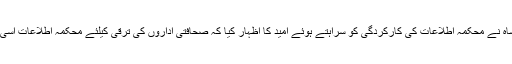
جی بی این ایس کے صدر ایمان شاہ نے محکمہ اطلاعات کی کارکردگی کو سراہتے ہوئے امید کا اظہار کیا کہ صحافتی اداروں کی ترقی کیلئے محکمہ اطلاعات اسی طرح کوششیں جاری رکھے گی۔